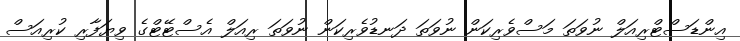
އިންޑަސްޓްރިއަލް ނުވަތަ މަސްވެރިކަން ނުވަތަ ދަނޑުވެރިކަން ނުވަތަ ރިއަލް އެސްޓޭޓްގެ ވިޔަފާރި ކުރިއަސް